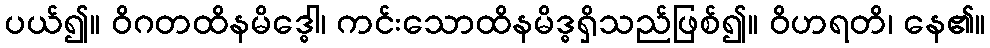
ပယ်၍။ ဝိဂတထိနမိဒ္ဓေါ၊ ကင်းသောထိနမိဒ္ဓရှိသည်ဖြစ်၍။ ဝိဟရတိ၊ နေ၏။